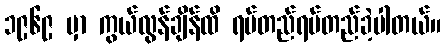
၁၉၆၉ မှာ ကွယ်လွန်ချိန်ထိ ရပ်တည်ရပ်တည်ခဲ့ပါတယ်။